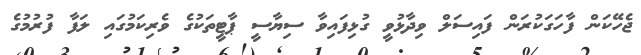
ޖެހޭކަން ފާހަގަކުރަން ފައިސަލް ވިދާޅުވީ ގުޅިފައިވާ ސިޔާސީ ޕާޓީތަކުގެ ވެރިކަމުގައި ލަފާ ފުރުމުގެ